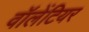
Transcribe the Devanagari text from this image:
वॉलेंटियर